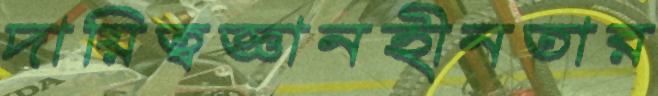
দায়িত্বজ্ঞানহীনতার